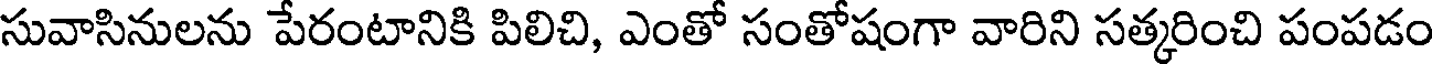
సువాసినులను పేరంటానికి పిలిచి, ఎంతో సంతోషంగా వారిని సత్కరించి పంపడం